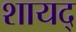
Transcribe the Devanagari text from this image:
शायद्